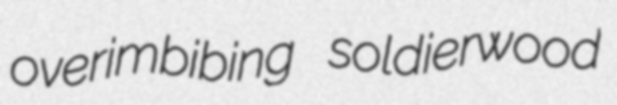
overimbibing soldierwood